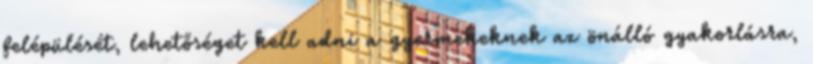
felépülését, lehetőséget kell adni a gyermekeknek az önálló gyakorlásra,